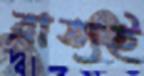
ব্রাত্যই